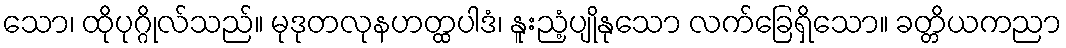
သော၊ ထိုပုဂ္ဂိုလ်သည်။ မုဒုတလုနဟတ္ထပါဒံ၊ နူးညံ့ပျိုနုသော လက်ခြေရှိသော။ ခတ္တိယကညာ